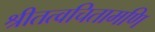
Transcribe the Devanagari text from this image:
श्रीतत्वचितामणि